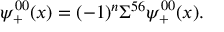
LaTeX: \psi _ { + } ^ { 0 0 } ( x ) = ( - 1 ) ^ { n } \Sigma ^ { 5 6 } \psi _ { + } ^ { 0 0 } ( x ) .